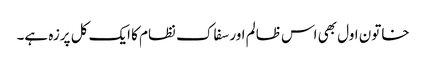
خاتون اول بھی اس ظالم اور سفاک نظام کا ایک کل پرزہ ہے۔